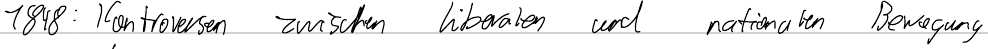
1848: Kontroversen zwischen liberalen und nationalen Bewegung